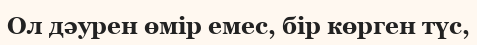
Ол дәурен өмір емес, бір көрген түс,